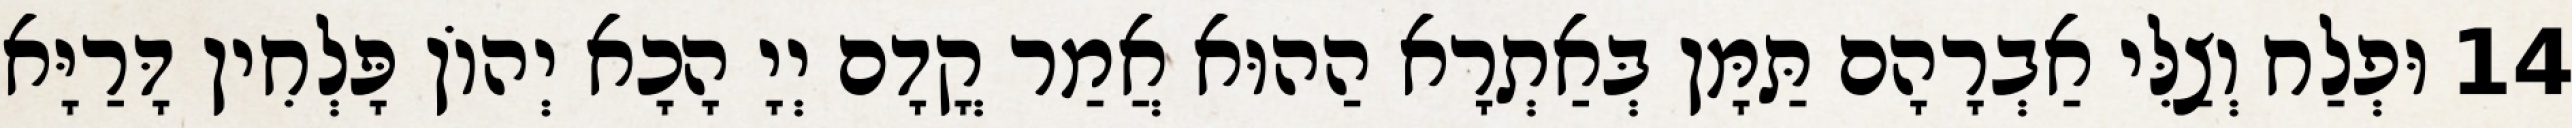
14 וּפְלַח וְצַלִּי אַבְרָהָם תַּמָּן בְּאַתְרָא הַהוּא אֲמַר קֳדָם יְיָ הָכָא יְהוֹן פָּלְחִין דָּרַיָּא